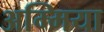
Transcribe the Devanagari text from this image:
अम्मिया